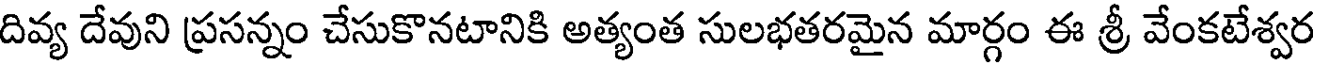
దివ్య దేవుని ప్రసన్నం చేసుకొనటానికి అత్యంత సులభతరమైన మార్గం ఈ శ్రీ వేంకటేశ్వర